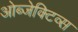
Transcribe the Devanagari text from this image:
ओब्जेक्टिव्स